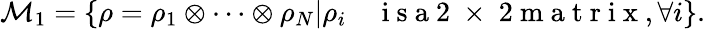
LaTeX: \mathcal{M}_{1}=\left\{ {\rho}={\rho}_{1}\otimes\cdots\otimes{\rho}_{N}|{\rho}_{i}\quad\mathrm{~i~s~a~2~\times~2~m~a~t~r~i~x~},\forall i\right\} .